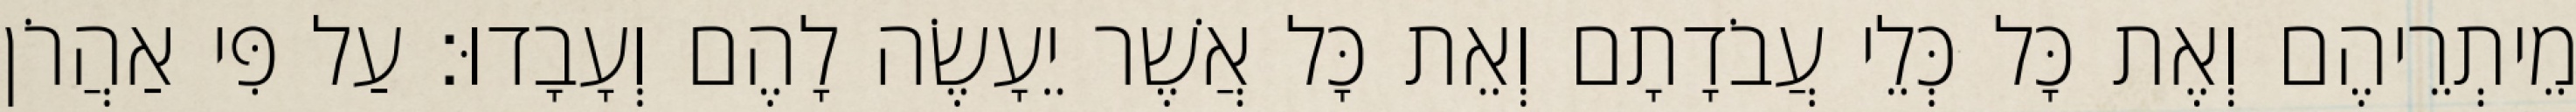
מֵיתְרֵיהֶם וְאֶת כָּל כְּלֵי עֲבֹדָתָם וְאֵת כָּל אֲשֶׁר יֵעָשֶׂה לָהֶם וְעָבָדוּ׃ עַל פִּי אַהֲרֹן